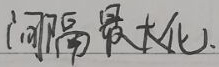
(间隔最大化)